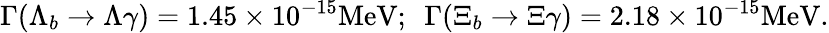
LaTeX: \Gamma(\Lambda_{b}\rightarrow\Lambda\gamma)=1.45\times 10^{-15}\mathrm{MeV};~~\Gamma(\Xi_{b}\rightarrow\Xi\gamma)=2.18\times 10^{-15}\mathrm{MeV}.